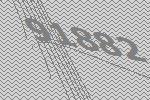
91882